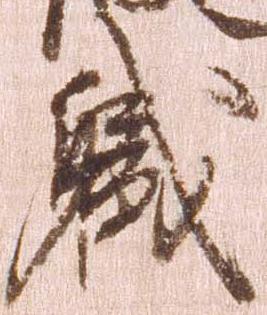
職